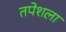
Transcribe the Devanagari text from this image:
तपेशला